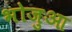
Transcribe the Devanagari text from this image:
भोजुआ